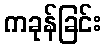
ကခုန်ခြင်း